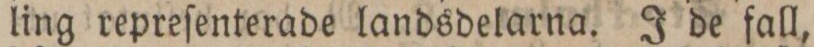
ling repreſenterade landsdelarna. J de fall,